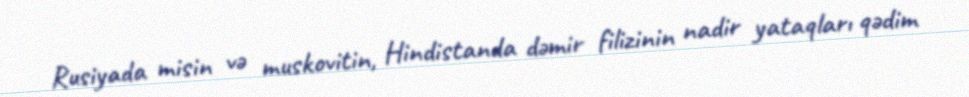
Rusiyada misin və muskovitin, Hindistanda dəmir filizinin nadir yataqları qədim